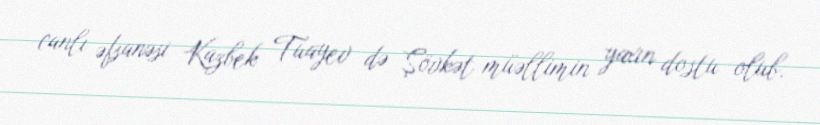
canlı əfsanəsi Kazbek Tuayev də Şövkət müəllimin yaxın dostu olub.